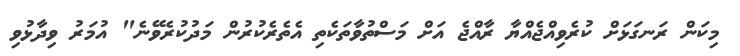
މިކަން ރަނގަޅަށް ކުރެވިއްޖެއްޔާ ރާއްޖެ އަށް މަސްތުވާތަކެތި އެތެރެކުރުން މަދުކުރެވޭނެ" އުމަރު ވިދާޅުވި